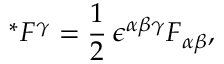
^ * { F ^ { \gamma } } = \frac { 1 } { 2 } \, \epsilon ^ { \alpha \beta \gamma } F _ { \alpha \beta } ,